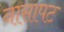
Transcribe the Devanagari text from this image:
नासापट